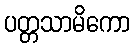
ပတ္တသာမိကော